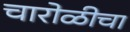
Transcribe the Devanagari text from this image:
चारोळीचा